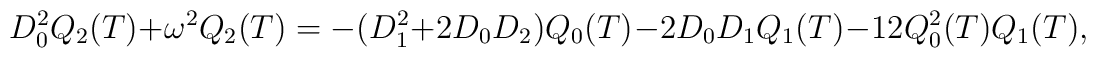
D_{0}^{2}Q_{2}(T)+\omega ^{2}Q_{2}(T)=-(D_{1}^{2}+2D_{0}D_{2})Q_{0}(T)-2D_{0}D_{1}Q_{1}(T)-12Q^{2}_{0}(T)Q_{1}(T),